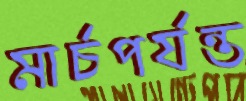
মার্চপর্যন্ত